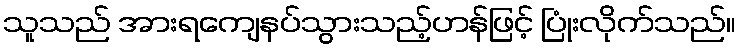
သူသည် အားရကျေနပ်သွားသည့်ဟန်ဖြင့် ပြုံးလိုက်သည်။